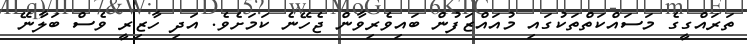
ތަރައްގީގެ މަސަައްކަތްތަކުގައި މުއައްޒަފުން ބައިވެރިވާން ޖެހޭނެ ކަމަށެވެ. އަދި ހާޒިރީ ވެސް ބަލާނޭ